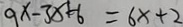
9 x - 3 x = 6 x + 2